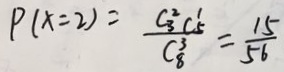
P ( x = 2 ) = \frac { C _ { 3 } ^ { 2 } C _ { 5 } ^ { \prime } } { C _ { 8 } ^ { 3 } } = \frac { 1 5 } { 5 6 }